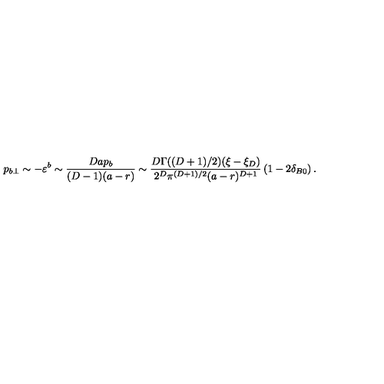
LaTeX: p _ { b \perp } \sim - \varepsilon ^ { b } \sim \frac { D a p _ { b } } { ( D - 1 ) ( a - r ) } \sim \frac { D \Gamma ( ( D + 1 ) / 2 ) ( \xi - \xi _ { D } ) } { 2 ^ { D } \pi ^ { ( D + 1 ) / 2 } ( a - r ) ^ { D + 1 } } \left( 1 - 2 \delta _ { B 0 } \right) .